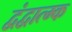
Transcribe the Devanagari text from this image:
द्वंद्वात्म्क